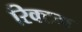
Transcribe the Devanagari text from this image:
रिक्टम